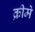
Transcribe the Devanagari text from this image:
क्रीमें